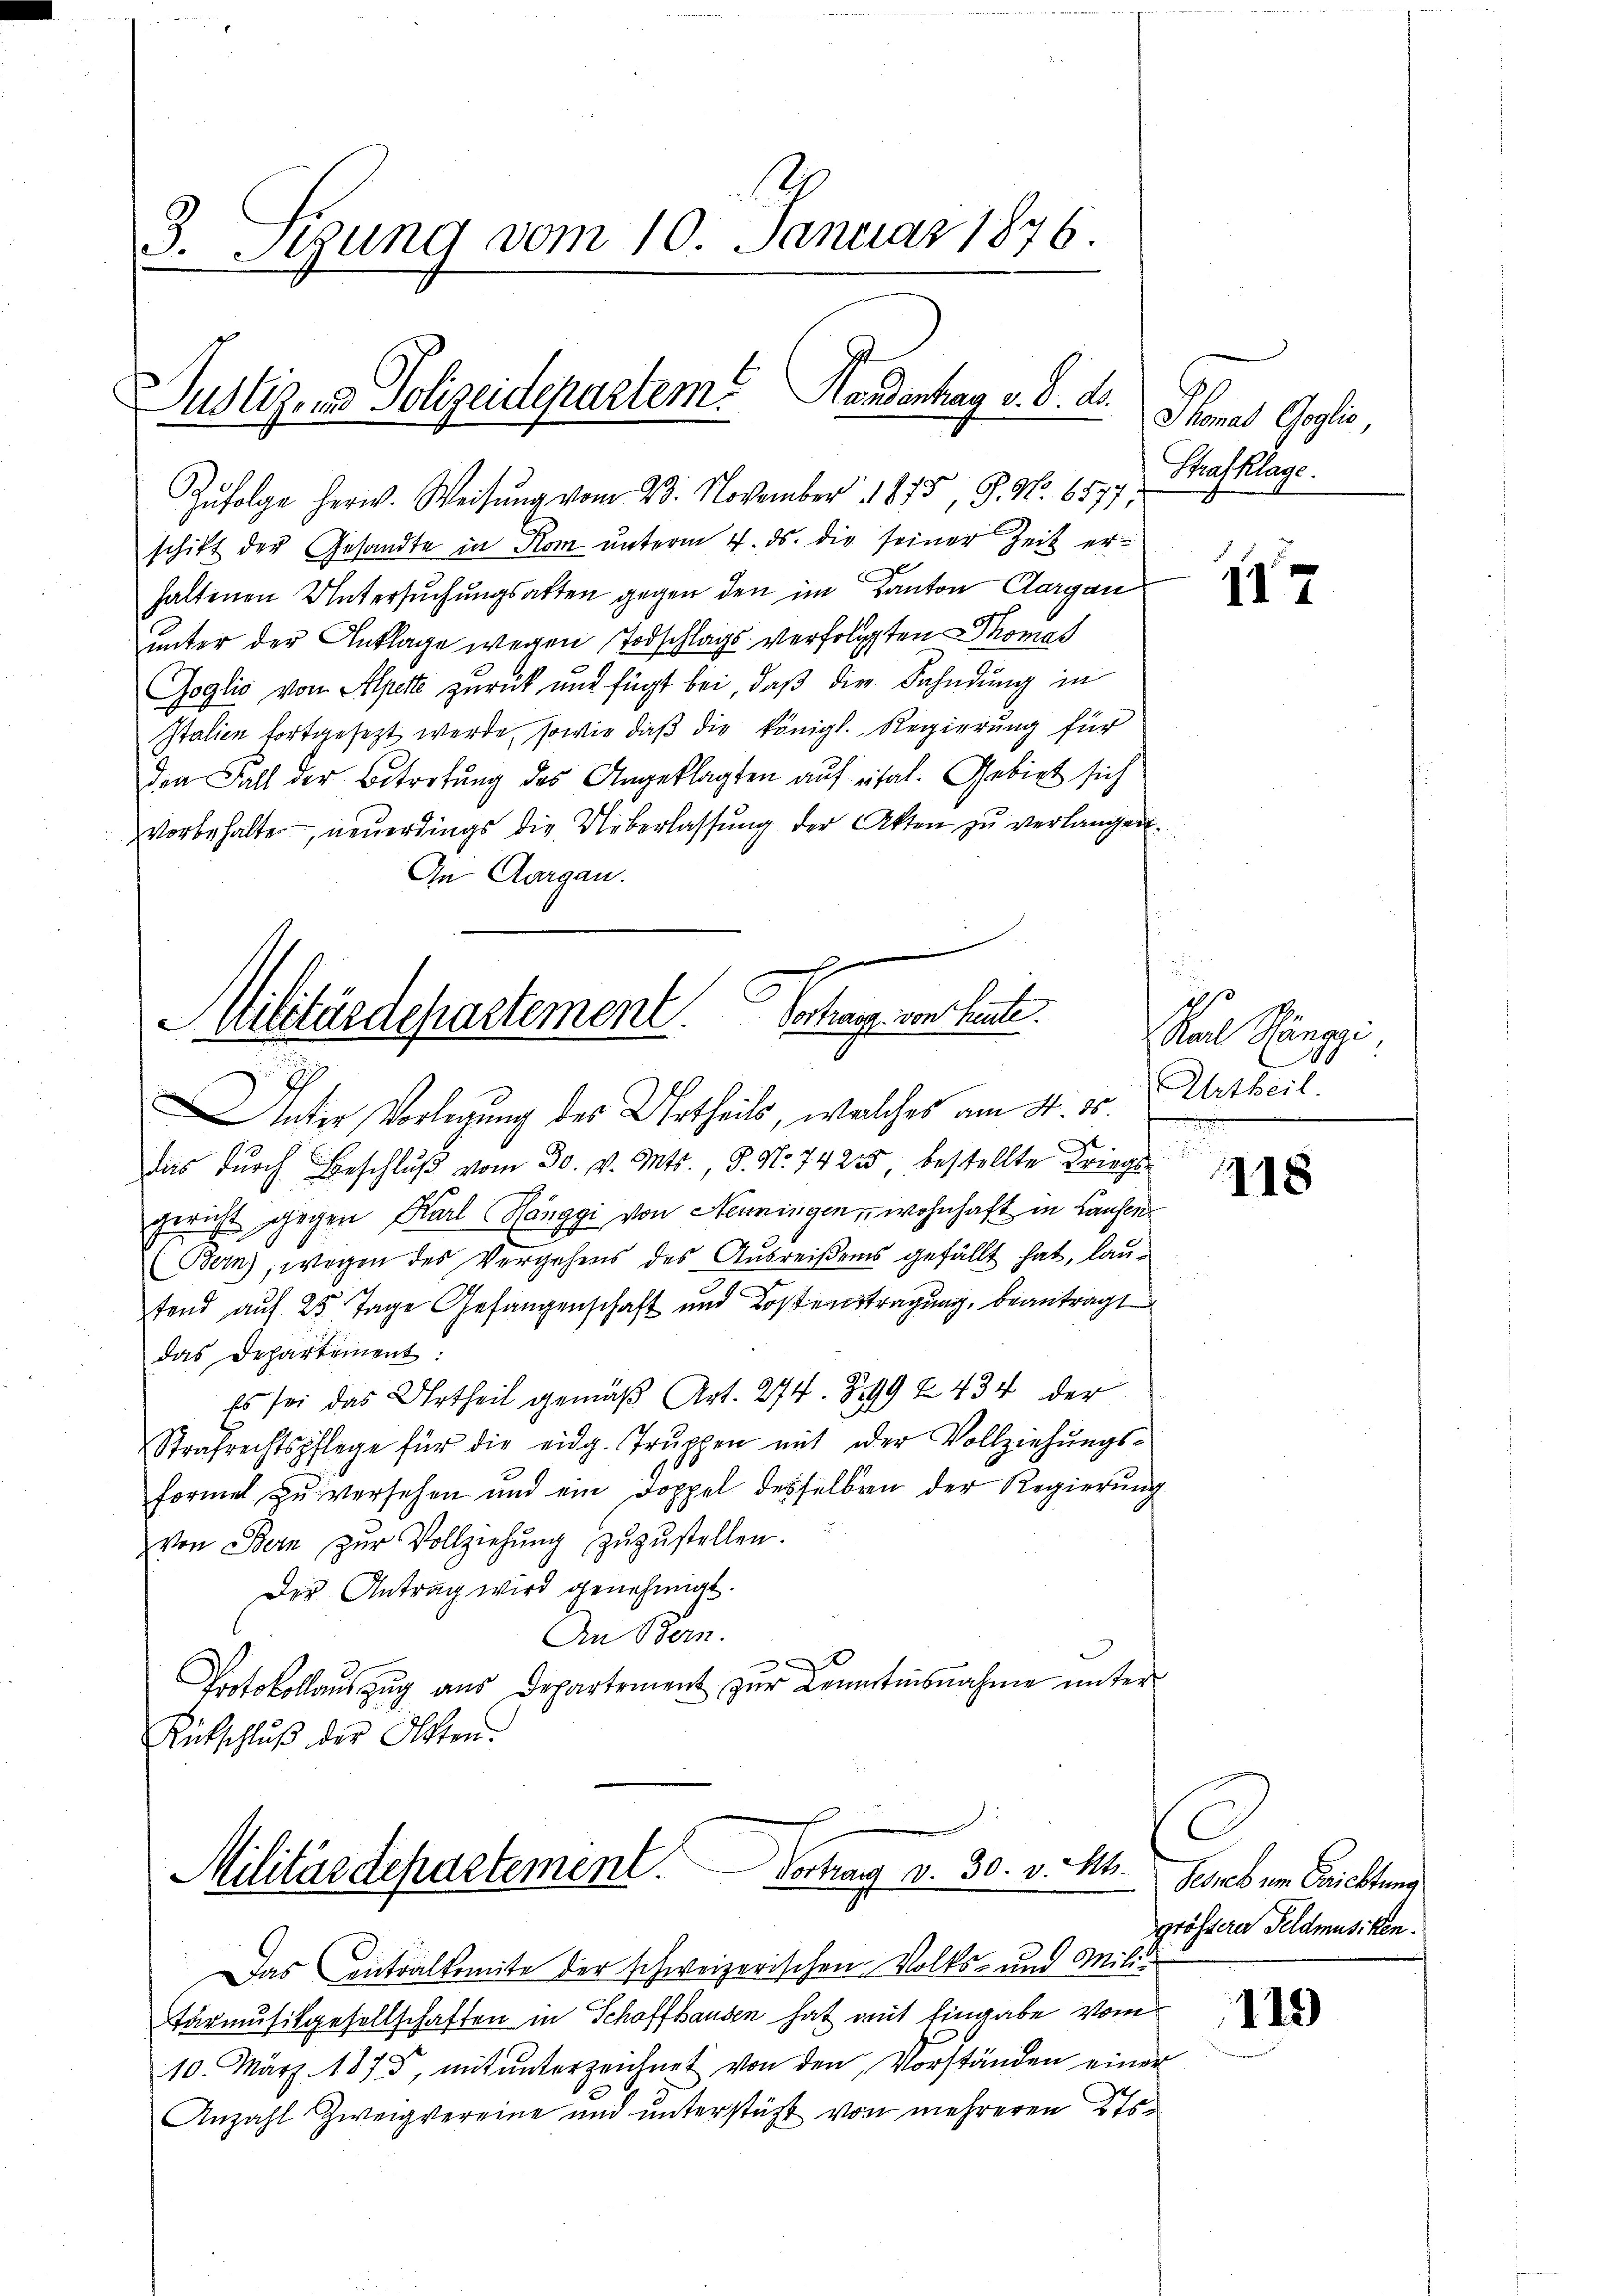
3. Sigung vom 10. Januar 1876.

Justiz- und Polizeideparteme Handentrag v. d. d.
Zŭfolge herw. Weisŭng vom 23. November 1875, 9. No. 6577

schift der Gesandte in Rom unterm 4. ds. die seiner Zeit erhaltenen Untersuchungsakten gegen den im Kanton Aargau
unter der Anklage wegen Todschlags verfolgten Thomas
Goglio von Alperte zurück und fügt bei, daß die Fahndung in
Italien fortgesezt werde, sowie daß die königl. Regierung für
den Fall der Betretung des Angeklagten auf ital. Gebiet sich
vorbehalte — neuerdings die Ueberlassung der Akten zu verlangen.
An Aargau.

Militärdepartement. Schlage von heute.

Unter Vorlegung des Urtheils, welches am 4. 85.
E
das durch Beschluß vom 30. v. Mts. S. Nr. 74235 bestellte Kriegs
gericht gegen Karl Hönggi von Henningen, wohnhaft in Laufen
(Bern, wegen des Vergehens des Ausreißens gefällt hat, lautend auf 25 Tage Gefangenschaft und Kostenstragung, beantragt
das Departement:
Es sei das Urtheil gemäß Art. 274. 399 f. 434 der
Strafrechtspflege für die eidg. Trŭppen mit der Vollziehŭngs-
formel zu versehen und ein Doppel desselben der Regierŭng
von Bern zŭr Vollziehŭng zŭzŭstellen.
Der Antrag wird genehmigt.
An Bern.
x
Protokollauszug aus Departement zŭr Kenntnisnahme unter
Rütschluß der Olten

Vortrag d. 30. v. M.
Militärdepartement

Thomas Goglio,
Strafklage.

Das Eintralkomite der schweizerischen Volks- und Militärmusikgesellschaften in Schaffhausen hat mit Eingabe vom
10. März 1875, mit ŭnterzeichnet von den Vorständen einer
Anzahl Zweig vereine und ŭnterstütt von mehreren Kts.

117

Rac Sängzi
Urtheil

118

C
Fessel um Berichtung
grösserer Feldmusiken.

115)